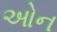
ઓન